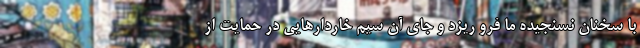
با سخنان نسنجیده ما فرو ریزد و جای آن سیم خاردارهایی در حمایت از